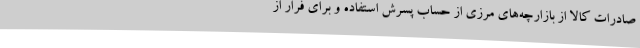
صادرات کالا از بازارچه‌های مرزی از حساب پسرش استفاده و برای فرار از